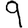
Digit: 9